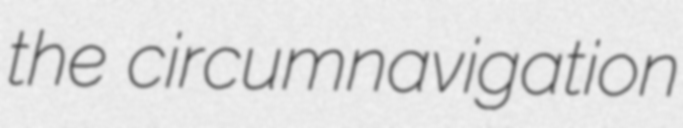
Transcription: the circumnavigation